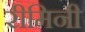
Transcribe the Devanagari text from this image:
रीमिनी